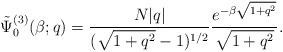
LaTeX: \begin{align*}\tilde{\Psi}^{(3)}_{0}(\beta; q) = \frac{N |q|}{(\sqrt{1+q^{2}} - 1)^{1/2}} \frac{e^{-\beta\sqrt{1+q^{2}}}}{\sqrt{1+q^{2}}}. \end{align*}